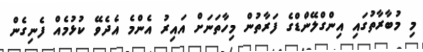
މި މުބާރާތުގައި އިންގްލޭންޑްގެ ފަރާތުން މިހާތަނަށް އައިރު އެންމެ އެދެވޭ ކުޅުމެއް ފެނިގެން